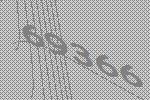
69366